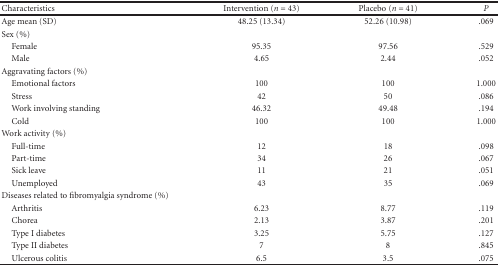
| Characteristics | Intervention (n = 43) | Placebo (n = 41) | P |
 | --- | --- | --- | --- |
 | Age mean (SD) | 48.25 (13.34) | 52.26 (10.98) | .069 |
 | Sex (%) |  |  |  |
 | Female | 95.35 | 97.56 | .529 |
 | Male | 4.65 | 2.44 | .052 |
 | Aggravating factors (%) |  |  |  |
 | Emotional factors | 100 | 100 | 1.000 |
 | Stress | 42 | 50 | .086 |
 | Work involving standing | 46.32 | 49.48 | .194 |
 | Cold | 100 | 100 | 1.000 |
 | Work activity (%) |  |  |  |
 | Full-time | 12 | 18 | .098 |
 | Part-time | 34 | 26 | .067 |
 | Sick leave | 11 | 21 | .051 |
 | Unemployed | 43 | 35 | .069 |
 | Diseases related to fibromyalgia syndrome (%) |  |  |  |
 | Arthritis | 6.23 | 8.77 | .119 |
 | Chorea | 2.13 | 3.87 | .201 |
 | Type I diabetes | 3.25 | 5.75 | .127 |
 | Type II diabetes | 7 | 8 | .845 |
 | Ulcerous colitis | 6.5 | 3.5 | .075 |